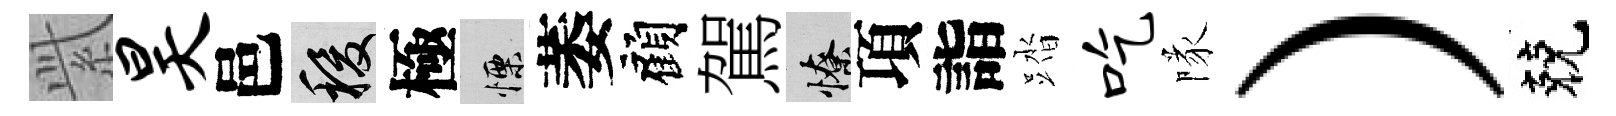
𬗋昊邑稷極慄萎顧駕憭項詣踏吃隊）兢